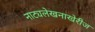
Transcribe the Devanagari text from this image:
नाट्यलेखनाखेरीज